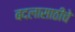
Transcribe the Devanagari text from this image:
बदलासाठीचे